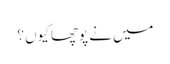
میں نے پوچھا کیوں ؟